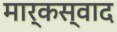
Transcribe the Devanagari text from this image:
मार्कस्वाद